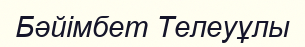
Бәйімбет Телеуұлы